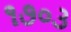
૧૭૦૩